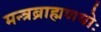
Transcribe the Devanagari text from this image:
मन्त्रब्राह्मणयोः